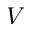
V